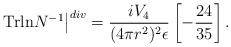
\begin{align*}\left.{\rm Trln}N^{-1}\right\vert^{div}=\frac{iV_{4}}{(4\pi r^{2})^{2}\epsilon}\left[-\frac{24}{35}\right].\end{align*}